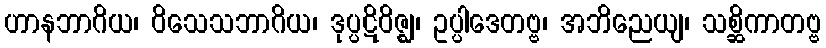
ဟာနဘာဂိယ၊ ဝိသေသဘာဂိယ၊ ဒုပ္ပဋိဝိဇ္ဈ၊ ဥပ္ပါဒေတဗ္ဗ၊ အဘိညေယျ၊ သစ္ဆိကာတဗ္ဗ